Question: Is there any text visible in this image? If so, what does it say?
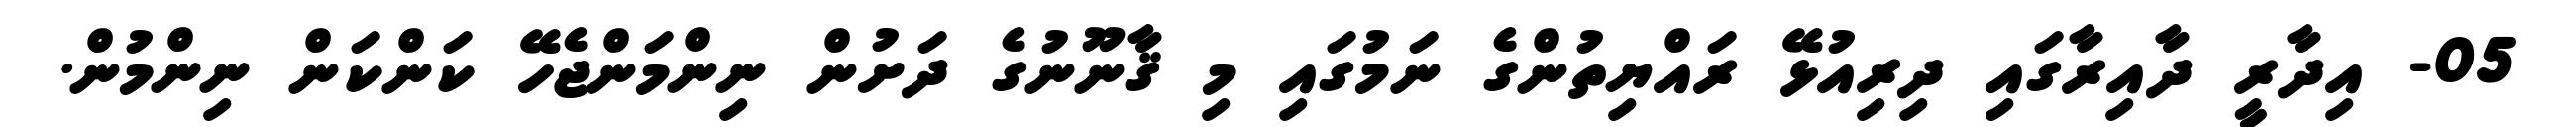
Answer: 05- އިދާރީ ދާއިރާގައި ދިރިއުޅޭ ރައްޔިތުންގެ ނަމުގައި މި ޤާނޫނުގެ ދަށުން ނިންމަންޖެހޭ ކަންކަން ނިންމުން.